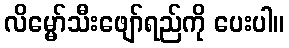
လိမ္မော်သီးဖျော်ရည်ကို ပေးပါ။